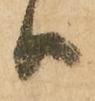
ハ